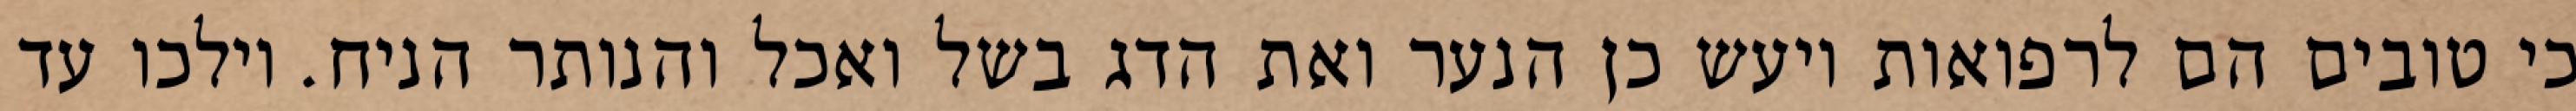
כי טובים הם לרפואות ויעש כן הנער ואת הדג בשל ואכל והנותר הניח. וילכו עד